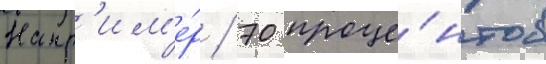
Напр'им'е́р / 70 проце́нтов